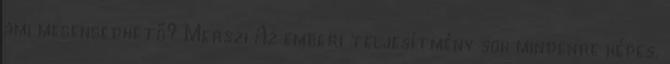
ami megengedhető? Merszi Az emberi teljesítmény sok mindenre képes.